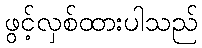
ဖွင့်လှစ်ထားပါသည်